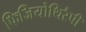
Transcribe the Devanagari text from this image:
फिजियोथिरैपी